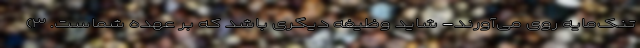
تُنُک‌مایه روی می‌آورند- شاید وظیفه دیگری باشد که بر عهده شماست. ۳)